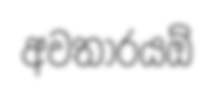
අවතාරයඕ